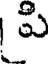
పి